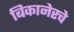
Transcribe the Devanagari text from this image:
बिकानेरचे